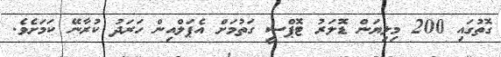
ގޮތުގައި 200 މިލިޔަން ޑޮލަރު ޓޮޕްސީ ގަތުމަށް އެޕަލްއިން ހަރަދު ކުރާނޭ ކަމަށެވެ.